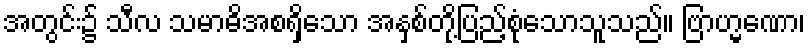
အတွင်း၌ သီလ သမာဓိအစရှိသော အနှစ်တို့ပြည့်စုံသောသူသည်။ ဗြာဟ္မဏော၊